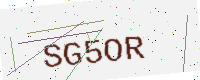
Text: SG5OR